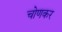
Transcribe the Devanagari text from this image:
चोणकर